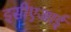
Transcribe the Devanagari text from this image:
इसीएआई